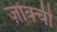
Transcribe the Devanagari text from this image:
ज़ोक्ची